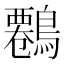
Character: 𪄷